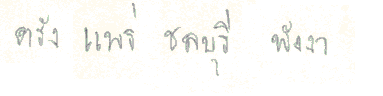
ตรังแพร่ชลบุรีพังงา